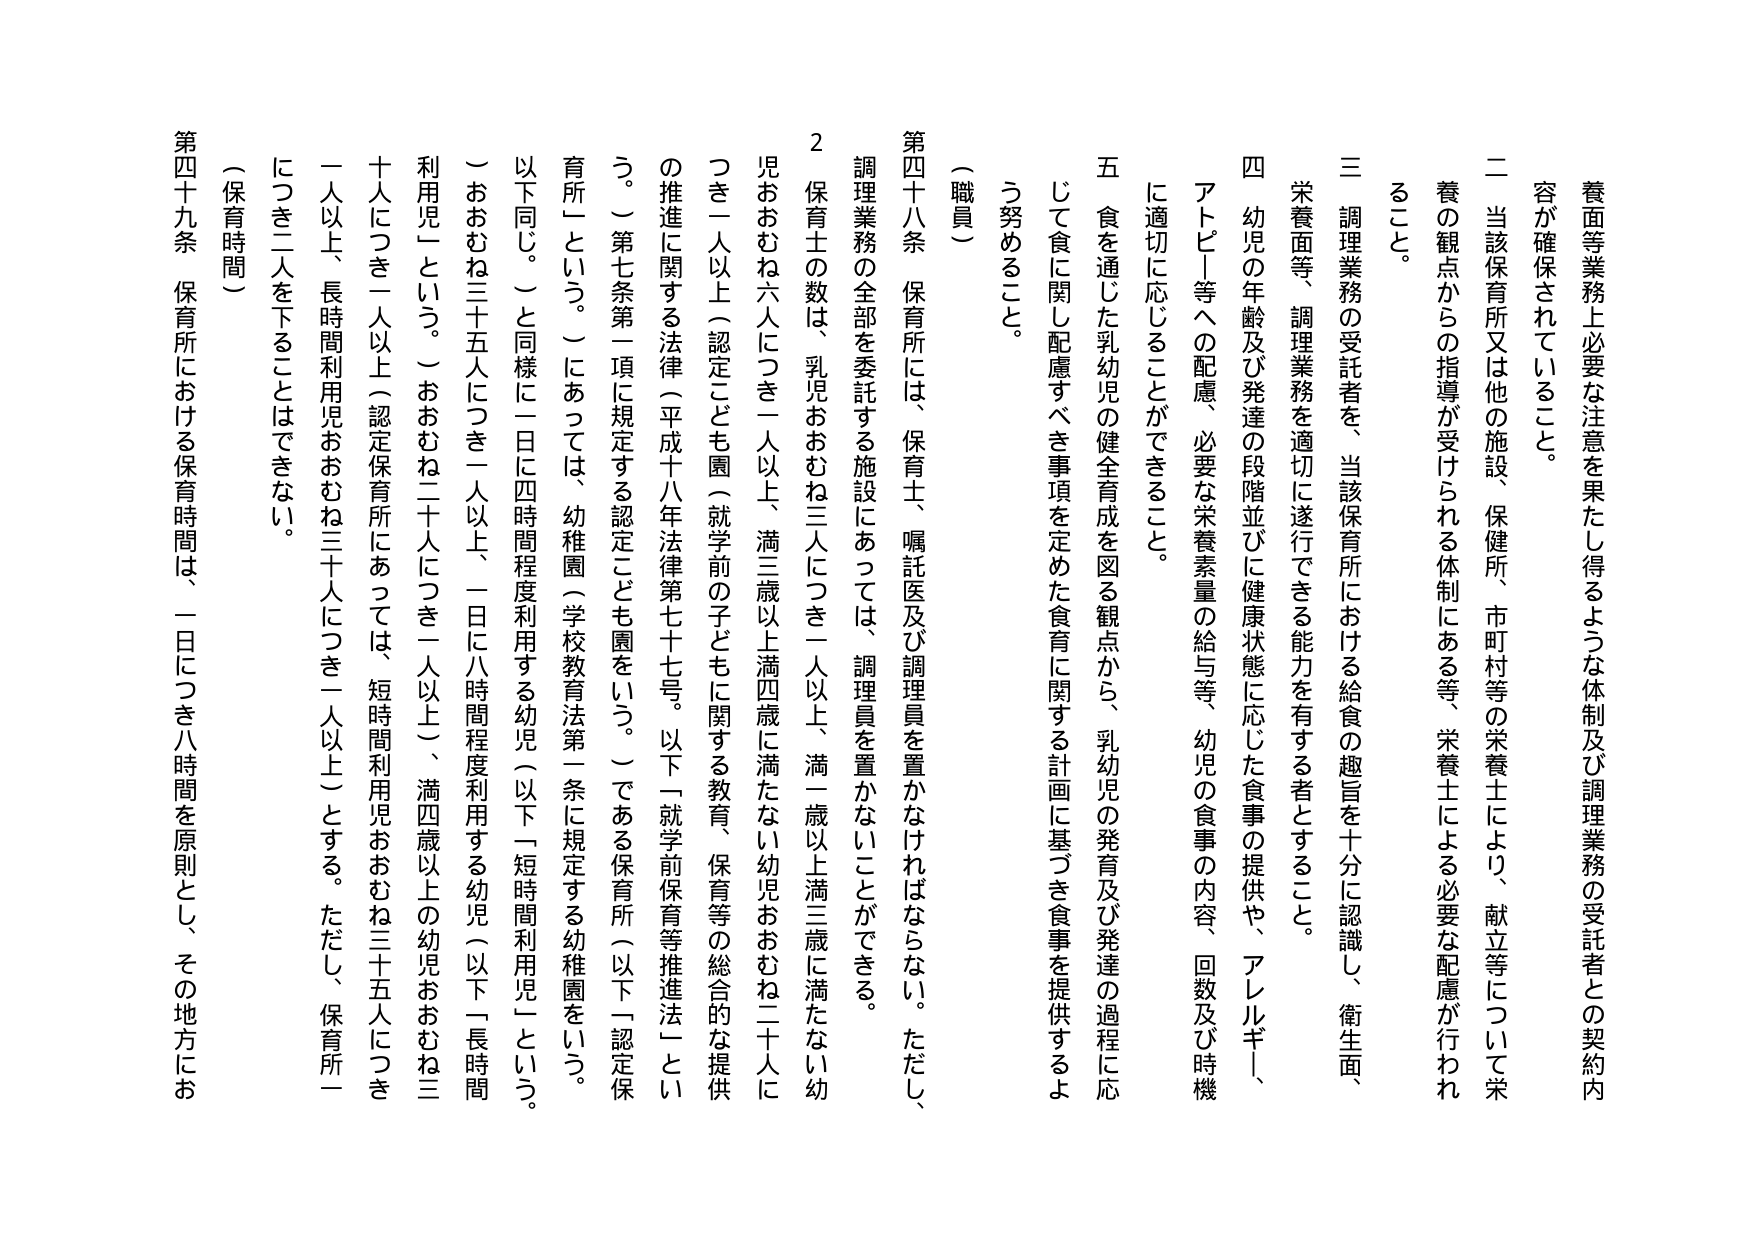
養面等業務上必要な注意を果たし得るような体制及び調理業務の受託者との契約内容が確保されていること。

二 当該保育所又は他の施設、保健所、市町村等の栄養士により、献立等について栄養の観点からの指導が受けられる体制にある等、栄養士による必要な配慮が行われること。

三 調理業務の受託者を、当該保育所における給食の趣旨を十分に認識し、衛生面、栄養面等、調理業務を適切に遂行できる能力を有する者とすること。

四 幼児の年齢及び発達の段階並びに健康状態に応じた食事の提供や、アレルギー、アトピー等への配慮、必要な栄養素量の給与等、幼児の食事の内容、回数及び時機に適切に応じることができること。

五 食を通じた乳幼児の健全育成を図る観点から、乳幼児の発育及び発達の過程に応じて食に関し配慮すべき事項を定めた食育に関する計画に基づき食事を提供するよう努めること。

（職員）

第四十八条 保育所には、保育士、嘱託医及び調理員を置かなければならない。ただし、調理業務の全部を委託する施設にあっては、調理員を置かないことができる。

２ 保育士の数は、乳児おおむね三人につき一人以上、満一歳以上満三歳に満たない幼児おおむね六人につき一人以上、満三歳以上満四歳に満たない幼児おおむね二十人につき一人以上（認定こども園（就学前の子どもに関する教育、保育等の総合的な提供の推進に関する法律（平成十八年法律第七十七号。以下「就学前保育等推進法」という。）第七条第一項に規定する認定こども園をいう。）である保育所（以下「認定保育所」という。）にあっては、幼稚園（学校教育法第一条に規定する幼稚園をいう。以下同じ。）と同様に一日に四時間程度利用する幼児（以下「短時間利用児」という。）おおむね三十五人につき一人以上、一日に八時間程度利用する幼児（以下「長時間利用児」という。）おおむね二十人につき一人以上）、満四歳以上の幼児おおむね三十人につき一人以上（認定保育所にあっては、短時間利用児おおむね三十五人につき一人以上、長時間利用児おおむね三十人につき一人以上）とする。ただし、保育所一につき二人を下ることはできない。

（保育時間）

第四十九条 保育所における保育時間は、一日につき八時間を原則とし、その地方にお